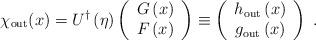
LaTeX: \begin{align*}\chi _{\rm out}(x)=U^{\dag }\left( \eta \right) \left( \begin{array}{c}G\left( x\right) \\ F\left( x\right) \end{array}\right)\equiv \left( \begin{array}{c}h_{\rm out}\left( x\right) \\ g_{\rm out}\left( x\right) \end{array}\right) \;.\end{align*}